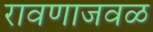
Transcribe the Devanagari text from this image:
रावणाजवळ